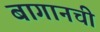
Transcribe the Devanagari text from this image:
बागानची